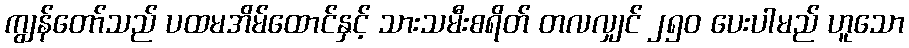
ကျွန်တော်သည် ပထမအိမ်ထောင်နှင့် သားသမီးစရိတ် တလလျှင် ၂၅၀ ပေးပါမည် ဟူသော